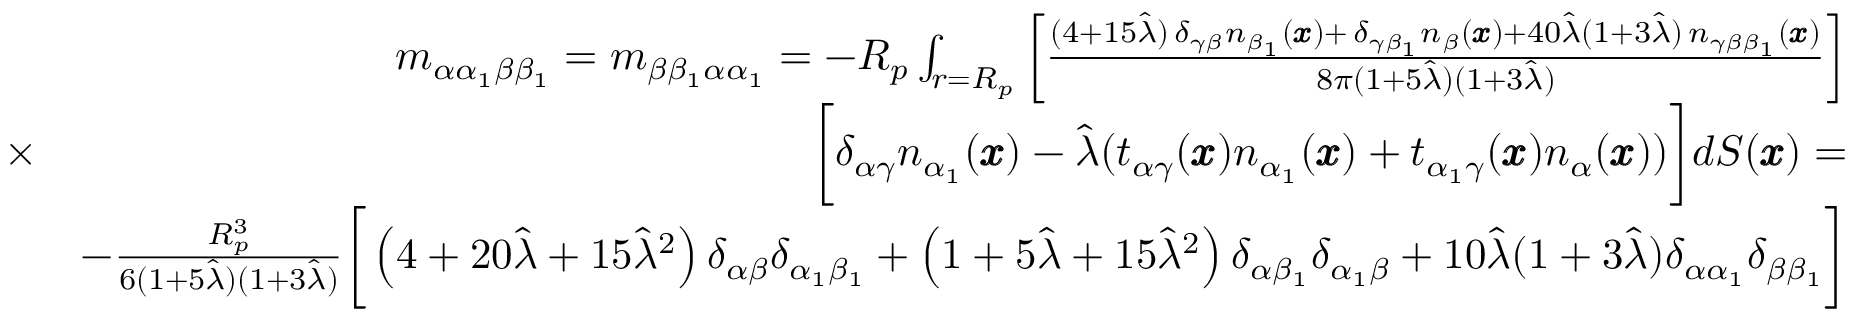
\begin{array} { r l r } & { } & { m _ { \alpha { \alpha } _ { 1 } \beta \beta _ { 1 } } = m _ { \beta \beta _ { 1 } \alpha { \alpha } _ { 1 } } = - R _ { p } \int _ { r = R _ { p } } \left[ \frac { ( 4 + 1 5 \hat { \lambda } ) \, \delta _ { \gamma \beta } n _ { \beta _ { 1 } } ( { \pmb x } ) + \, \delta _ { \gamma \beta _ { 1 } } n _ { \beta } ( { \pmb x } ) + 4 0 \hat { \lambda } ( 1 + 3 \hat { \lambda } ) \, n _ { \gamma \beta \beta _ { 1 } } ( { \pmb x } ) } { 8 \pi ( 1 + 5 \hat { \lambda } ) ( 1 + 3 \hat { \lambda } ) } \right] } \\ & { \times } & { \bigg [ \delta _ { \alpha \gamma } n _ { \alpha _ { 1 } } ( { \pmb x } ) - \hat { \lambda } ( t _ { \alpha \gamma } ( { \pmb x } ) n _ { \alpha _ { 1 } } ( { \pmb x } ) + t _ { \alpha _ { 1 } \gamma } ( { \pmb x } ) n _ { \alpha } ( { \pmb x } ) ) \bigg ] d S ( { \pmb x } ) = } \\ & { } & { - \frac { R _ { p } ^ { 3 } } { 6 ( 1 + 5 \hat { \lambda } ) ( 1 + 3 \hat { \lambda } ) } \bigg [ \left( 4 + 2 0 \hat { \lambda } + 1 5 \hat { \lambda } ^ { 2 } \right) \delta _ { \alpha \beta } \delta _ { \alpha _ { 1 } \beta _ { 1 } } + \left( 1 + 5 \hat { \lambda } + 1 5 \hat { \lambda } ^ { 2 } \right) \delta _ { \alpha \beta _ { 1 } } \delta _ { \alpha _ { 1 } \beta } + 1 0 \hat { \lambda } ( 1 + 3 \hat { \lambda } ) \delta _ { \alpha \alpha _ { 1 } } \delta _ { \beta \beta _ { 1 } } \bigg ] } \end{array}